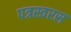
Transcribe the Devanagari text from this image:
पत्रस्वरस